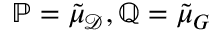
\mathbb { P } = \tilde { \mu } _ { \mathcal { D } } , \mathbb { Q } = \tilde { \mu } _ { G }